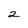
Character: 2